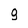
Character: g